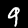
Digit: 9